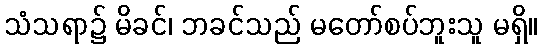
သံသရာ၌ မိခင်၊ ဘခင်သည် မတော်စပ်ဘူးသူ မရှိ။